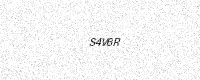
Text: S4V6R